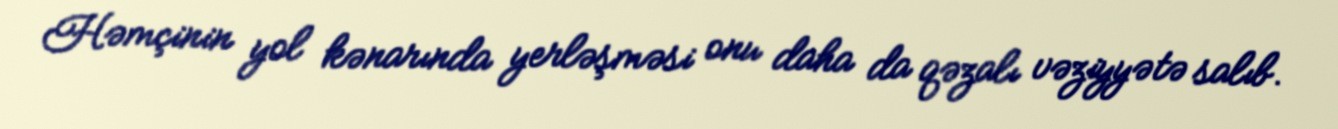
Həmçinin yol kənarında yerləşməsi onu daha da qəzalı vəziyyətə salıb.